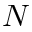
N